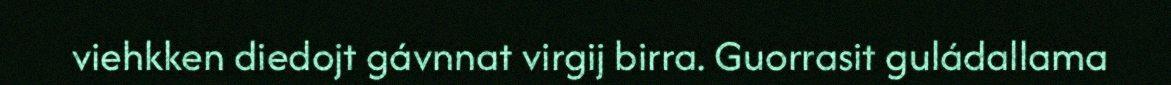
viehkken diedojt gávnnat virgij birra. Guorrasit guládallama